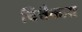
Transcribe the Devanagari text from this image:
चित्तैकाग्र